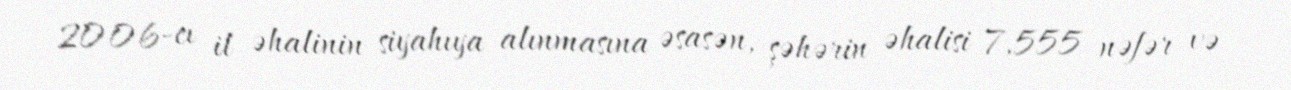
2006-cı il əhalinin siyahıya alınmasına əsasən, şəhərin əhalisi 7,555 nəfər və